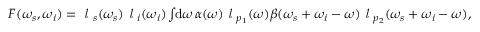
\begin{array} { r } { F ( \omega _ { s } , \omega _ { i } ) = \textit { l } _ { s } ( \omega _ { s } ) \textit { l } _ { i } ( \omega _ { i } ) \int \! \! \mathrm { d } \omega \, \alpha ( \omega ) \textit { l } _ { p _ { 1 } } ( \omega ) \beta ( \omega _ { s } + \omega _ { i } - \omega ) \textit { l } _ { p _ { 2 } } ( \omega _ { s } + \omega _ { i } - \omega ) , } \end{array}